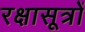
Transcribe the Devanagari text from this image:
रक्षासूत्रों